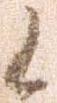
候